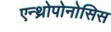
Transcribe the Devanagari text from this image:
एन्थ्रोपोनोसिस